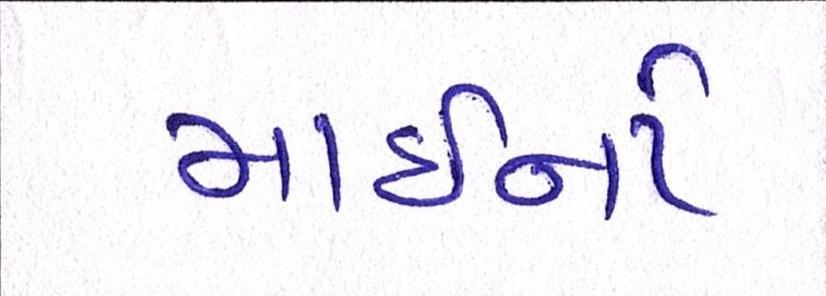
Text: માઇનો